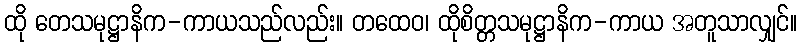
ထို တေသမုဋ္ဌာနိက-ကာယသည်လည်း။ တထေဝ၊ ထိုစိတ္တသမုဋ္ဌာနိက-ကာယ အတူသာလျှင်။